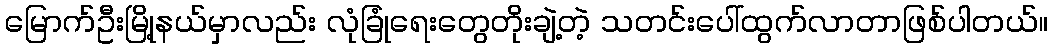
မြောက်ဦးမြို့နယ်မှာလည်း လုံခြုံရေးတွေတိုးချဲ့တဲ့ သတင်းပေါ်ထွက်လာတာဖြစ်ပါတယ်။